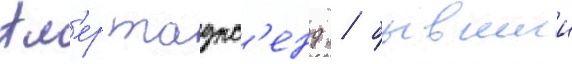
Ал'ер таунс'енд / бывшии